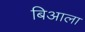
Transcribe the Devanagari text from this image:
बिआला